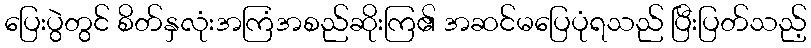
ပြေးပွဲတွင် စိတ်နှလုံးအကြံအစည်ဆိုးကြ၏ အဆင်မပြေပုံရသည် ပြီးပြတ်သည့်